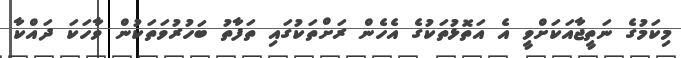
މިކަމުގެ ނަތީޖާއަކަށްވީ އެ އަތޮޅުތަކުގެ އެހެން ރަށްތަކުގައި ތަފާތު ބަހުރުވަތަކުން ވާހަކަ ދައްކާ